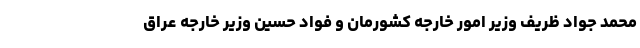
محمد جواد ظریف وزیر امور خارجه کشورمان و فواد حسین وزیر خارجه عراق